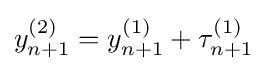
y_{n+1}^{(2)}=y_{n+1}^{(1)}+\tau _{n+1}^{(1)}